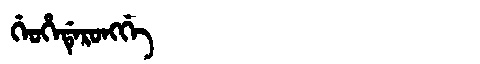
Manchu: ᡤᡝᠣᡥᡝᡩᡝᡵᠣᠩᡤᡝ
Romanization: GEOHEDERONGGE